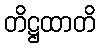
တိဋ္ဌထာတိ